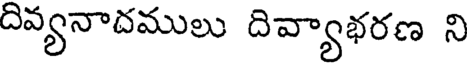
దివ్యనాదములు దివ్యాభరణ ని